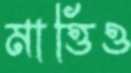
মাত্তিও